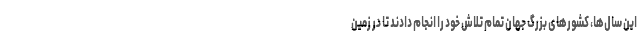
این سال‌ها، کشورهای بزرگ جهان تمام تلاش خود را انجام دادند تا در زمین